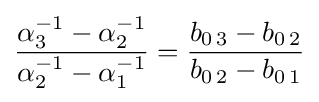
{\frac {\alpha _{3}^{-1}-\alpha _{2}^{-1}}{\alpha _{2}^{-1}-\alpha _{1}^{-1}}}={\frac {b_{0\,3}-b_{0\,2}}{b_{0\,2}-b_{0\,1}}}